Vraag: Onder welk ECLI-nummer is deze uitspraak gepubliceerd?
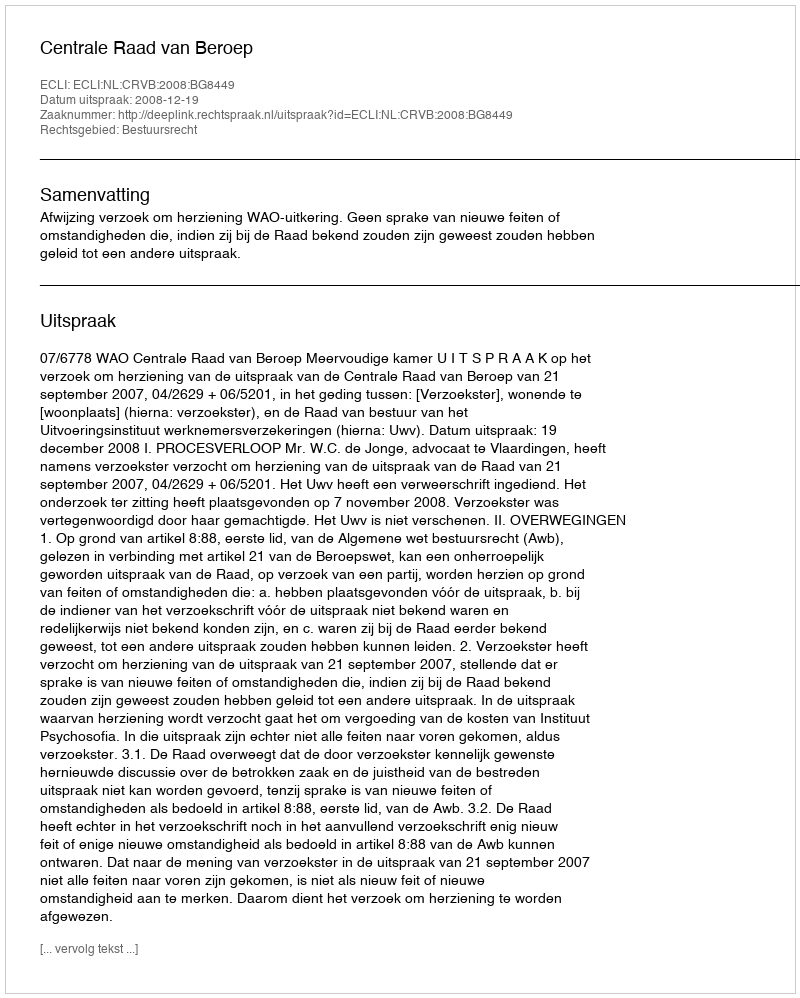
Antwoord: ECLI:NL:CRVB:2008:BG8449